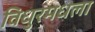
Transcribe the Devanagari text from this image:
विधुरमधला